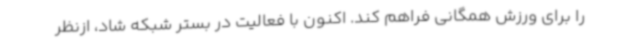
را برای ورزش همگانی فراهم کند. اکنون با فعالیت در بستر شبکه شاد، ازنظر